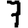
Digit: 7